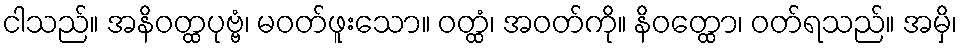
ငါသည်။ အနိဝတ္ထပုဗ္ဗံ၊ မဝတ်ဖူးသော။ ဝတ္ထံ၊ အဝတ်ကို။ နိဝတ္ထော၊ ဝတ်ရသည်။ အမှိ၊